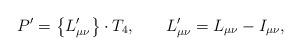
LaTeX: \begin{align*}P^{\prime }=\left\{ L_{\mu \nu }^{\prime }\right\} \cdot T_4 ,\hspace{0.3in} L_{\mu \nu }^{\prime }=L_{\mu \nu }-I_{\mu \nu } ,\end{align*}